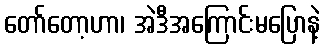
တော်တော့ဟာ၊ အဲဒီအကြောင်းမပြောနဲ့